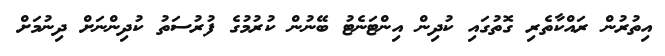
އިތުރުން ރައްކާތެރި ގޮތުގައި ކުދިން އިންޓަނެޓު ބޭނުން ކުރުމުގެ ފުރުސަތު ކުދިންނަށް ދިނުމަށް